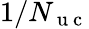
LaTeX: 1/N_{\mathrm{~u~c~}}